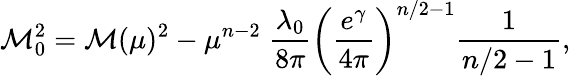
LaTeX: \mathcal{M}_{0}^{2}=\mathcal{M}(\mu)^{2}-\mu^{n-2}\; \frac{{\lambda_{0}}}{{8\pi}}\left(\frac{{e^{\gamma}}}{{4\pi}}\right)^{n/2-1}\frac{{1}}{{n/2-1}},